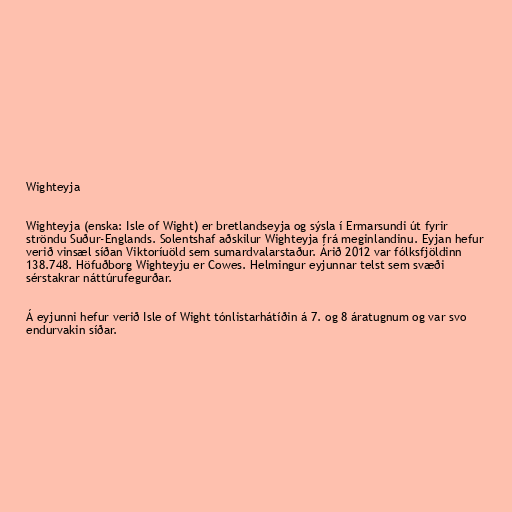
Wighteyja

Wighteyja (enska: Isle of Wight) er bretlandseyja og sýsla í Ermarsundi út fyrir
ströndu Suður-Englands. Solentshaf aðskilur Wighteyja frá meginlandinu. Eyjan hefur
verið vinsæl síðan Viktoríuöld sem sumardvalarstaður. Árið 2012 var fólksfjöldinn
138.748. Höfuðborg Wighteyju er Cowes. Helmingur eyjunnar telst sem svæði
sérstakrar náttúrufegurðar.

Á eyjunni hefur verið Isle of Wight tónlistarhátíðin á 7. og 8 áratugnum og var svo
endurvakin síðar.